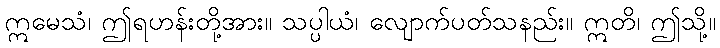
ဣမေသံ၊ ဤရဟန်းတို့အား။ သပ္ပါယံ၊ လျောက်ပတ်သနည်း။ ဣတိ၊ ဤသို့။